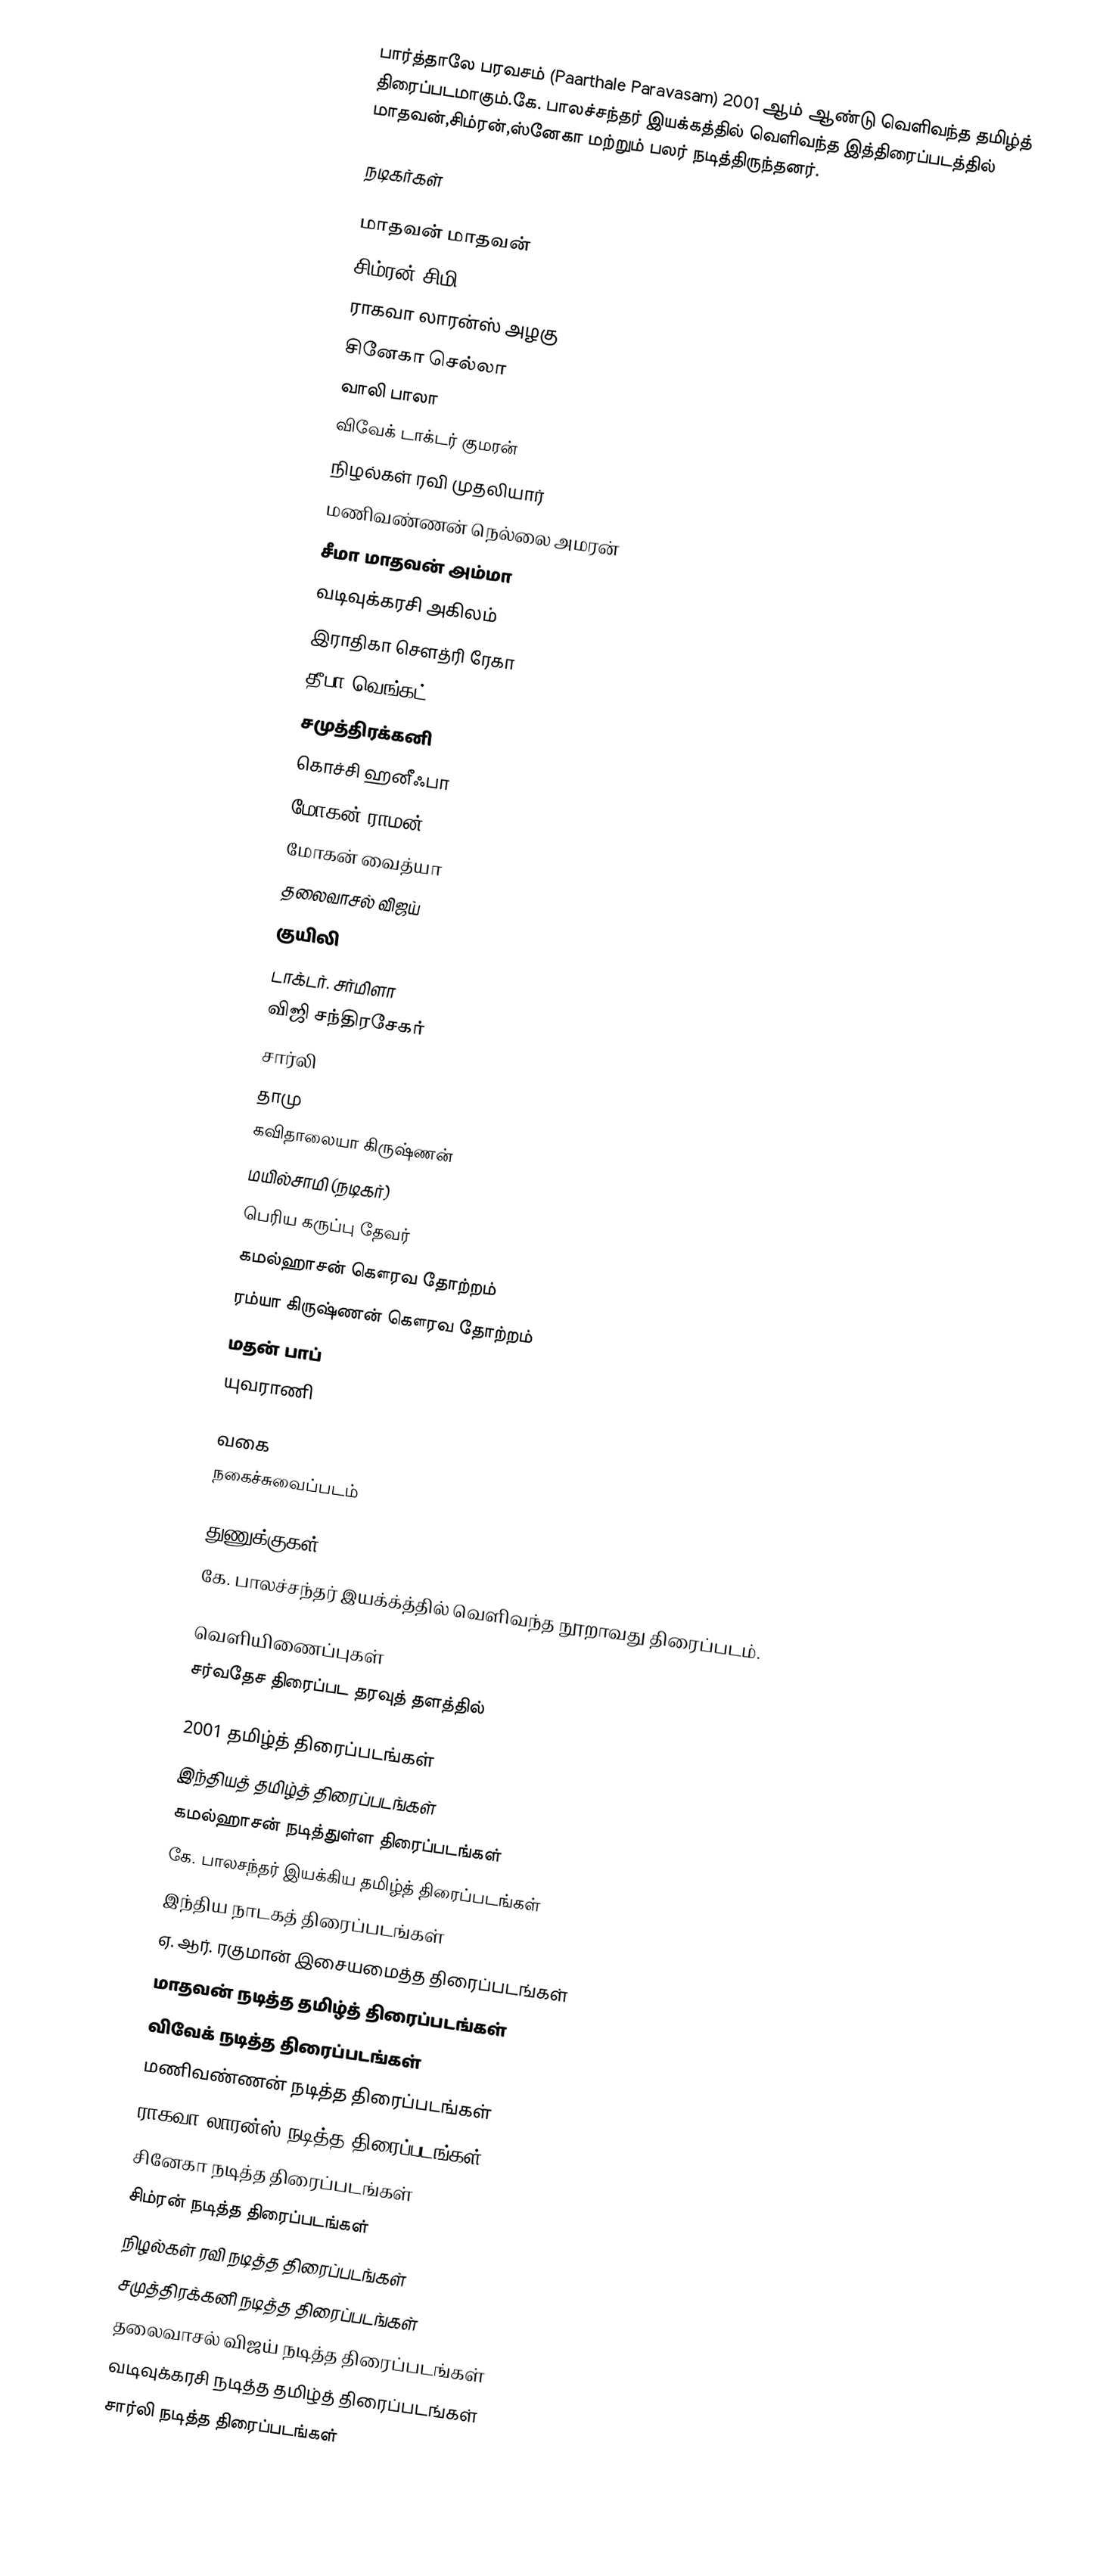
பார்த்தாலே பரவசம் (Paarthale Paravasam) 2001 ஆம் ஆண்டு வெளிவந்த தமிழ்த் திரைப்படமாகும்.கே. பாலச்சந்தர் இயக்கத்தில் வெளிவந்த இத்திரைப்படத்தில் மாதவன்,சிம்ரன்,ஸ்னேகா மற்றும் பலர் நடித்திருந்தனர்.

நடிகர்கள்

 மாதவன் மாதவன்
 சிம்ரன் சிமி
 ராகவா லாரன்ஸ் அழகு
 சினேகா செல்லா
 வாலி பாலா
 விவேக் டாக்டர் குமரன்
 நிழல்கள் ரவி முதலியார்
 மணிவண்ணன் நெல்லை அமரன்
 சீமா மாதவன் அம்மா
 வடிவுக்கரசி அகிலம்
 இராதிகா சௌத்ரி ரேகா
 தீபா வெங்கட்
 சமுத்திரக்கனி
 கொச்சி ஹனீஃபா
 மோகன் ராமன்
 மோகன் வைத்யா
 தலைவாசல் விஜய்
 குயிலி
 டாக்டர். சர்மிளா
 விஜி சந்திரசேகர்
 சார்லி
 தாமு
 கவிதாலையா கிருஷ்ணன்
 மயில்சாமி (நடிகர்)
 பெரிய கருப்பு தேவர்
 கமல்ஹாசன் கௌரவ தோற்றம்
 ரம்யா கிருஷ்ணன் கௌரவ தோற்றம்
 மதன் பாப்
 யுவராணி

வகை
நகைச்சுவைப்படம்

துணுக்குகள்
கே. பாலச்சந்தர் இயக்க்த்தில் வெளிவந்த நூறாவது திரைப்படம்.

வெளியிணைப்புகள்
சர்வதேச திரைப்பட தரவுத் தளத்தில்

2001 தமிழ்த் திரைப்படங்கள்
இந்தியத் தமிழ்த் திரைப்படங்கள்
கமல்ஹாசன் நடித்துள்ள திரைப்படங்கள்
கே. பாலசந்தர் இயக்கிய தமிழ்த் திரைப்படங்கள்
இந்திய நாடகத் திரைப்படங்கள்
ஏ. ஆர். ரகுமான் இசையமைத்த திரைப்படங்கள்
மாதவன் நடித்த தமிழ்த் திரைப்படங்கள்
விவேக் நடித்த திரைப்படங்கள்
மணிவண்ணன் நடித்த திரைப்படங்கள்
ராகவா லாரன்ஸ் நடித்த திரைப்படங்கள்
சினேகா நடித்த திரைப்படங்கள்
சிம்ரன் நடித்த திரைப்படங்கள்
நிழல்கள் ரவி நடித்த திரைப்படங்கள்
சமுத்திரக்கனி நடித்த திரைப்படங்கள்
தலைவாசல் விஜய் நடித்த திரைப்படங்கள்
வடிவுக்கரசி நடித்த தமிழ்த் திரைப்படங்கள்
சார்லி நடித்த திரைப்படங்கள்